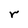
Character: r